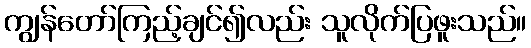
ကျွန်တော်ကြည့်ချင်၍လည်း သူလိုက်ပြဖူးသည်။